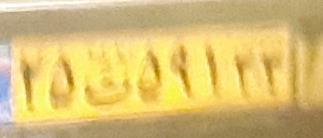
۲۵ت۵۹۱۳۳